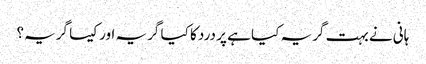
ہانی نے بہت گریہ کیا ہے پر درد کا کیا گریہ اور کیسا گریہ؟